Vital statistics of India. Vol. IV, Annual returns from 1871 to 1876. British Army of India, Native Army and jails of Bengal
Year: 1871
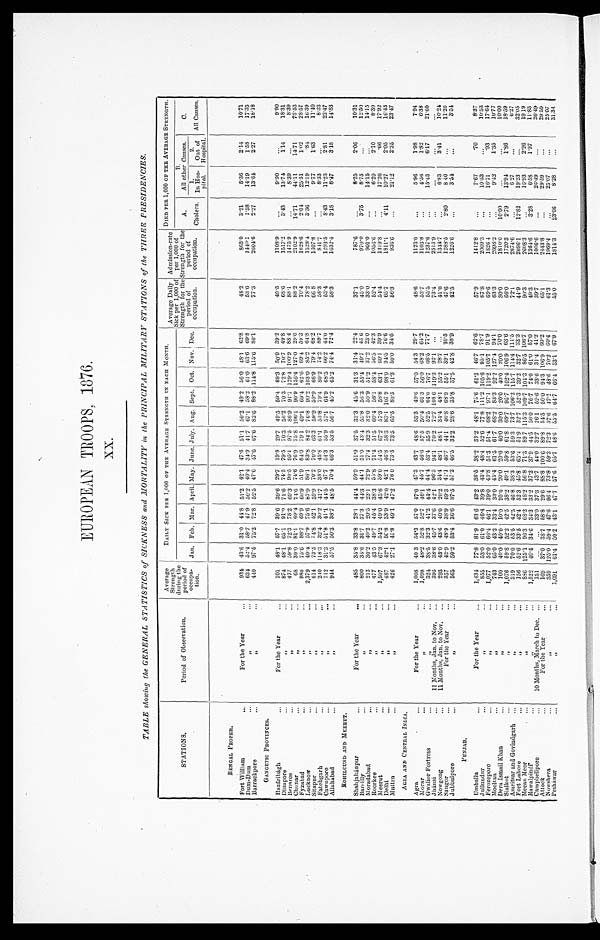
EUROPEAN TROOPS, 1876.
X X .
TABLE showng the GENERAL STATISTIC'S of SICKNESS and MORTALITY in the PRINCIPAL MILITARY STATIONS of the THREE PRESIDENCIES.
STATIONS.
Period of Observation.
Average
Strength
during the
period of
Occupa-tion.
DAILY SICK PER 1,000 OF THE AVERAGE STRENGTH IN EACH MONTH,
Average Daily
Sick per 1,000 of
Strength for the
period of
occupation.
Admission-rate
per 1,000 of
Strength for the
period of
occupation.
DIED PER 1,000 OF TEE AVERAGE STRENGTH.
Jan. Feb. Mar. April. May. June. July. Aug. Sept. Oct. Nov. Dec.
A.
Cholera.
B.
All other Causes.
C.
All Causes.
1.
In Hos-
pital. pi
2.
Out of Hospi t al .
Hospital.
BENGAL PROPER.
Fort William
...
For the Year
...
934 43.6 31.0 44.8 51.2 42.1 47.6 51.1 50.2 49.2 56.0 48.1 62.8
48.2
863.0
3.21
5.36
2.14
10.71
Dum-Dum
...
"
...
634 52.4 58.7 47.9 50.2 40.4 34.9 41.7 67.1 58.2 61.0 63.6 69.8
53.6
1440.1
1.58
14.19
1.58
17.35
Barrackpore
...
"
...
440 97.5 75.2 72.8 52.5 47.6 47.6 67.6 82.6 88.2 114.8 115.6 80.1
77.3
2604.6
2.27
13.64 2.27 18.18
GANGETIC PROVINCES.
Hazáribágh
...
Fcr the Yea
...
101 48.1 57.7 39.6 39.6 29.7 19.8 29.7 49.5 50.4 69.3 50.0 39.2
4 9 . 5
1108.9
. . .
9 . 9 0
. . .
9 . 9 0
Dinapore
...
"
...
874 48.1 65.1 91.0 71.6 74.5 79.5 70.3 56.2 70.3 72.8 70.7 49.8
6 8 . 6
1 5 1 7 . 2
3.43
1 3 . 7 4
1.14
1 8 . 3 1
Benares
...
"
...
477 59.8 72.3 78.2 69.3 90.5 95.1 975 86.9 91.1 129.4 100.9 88.4
88.1
1475.9
...
8.39
...
8.39
Chunar
...
"
68 39.0 81.1 69.4 74.6 74.6 76.9 75.8 106.1 90.9 136.4 127.0 29.0 88.2
2102.9
14.71 44.11 14.71 75.53
Fyzabad
...
"
...
980 75.6 88.7 69.9 60.9 51.9 84.0 79.1 69.1 69.4 62.6 69.4 59.3
70.4
1628.6
2.04
25.51
1.02
28.57
Lucknow
...
"
... 2,379
40.4 57.9 75.6 70.6 86.1 83.8 84.2 76.8 90.2 103.0 85.2 64.8
78.2
1528.4
3.36
12.19
.84
16.39
Sitapur
...
"
...
614 73.5 74.8 52.1 59.9 70.2 70.0 63.3 59.9 59.9 66.9 79.4 68.2
66 8
1307.8
... 9.77
1.63
11.40
Fatehgarh
...
"
...
240 118.3 32.4 .30.2 41.7 38.0 45.8 61.1 55.8 79.4 80.2 74.2 89.7
58.3
811.7
...
8.33
...
8.33
Cawnpore
...
"
...
712 313 51.8 41.1 44.5 47.7 54.3 55.9 57.1 64.9 68.5 66.2 44.0
53.4
1293.5
8.43
11.23
2.18
22.47
Allahabad
...
"
...
944 57.5 50.3 38.7 48.5 70.4 66.3 53.5 56.7 45.2 65.2 74.4 72.4
58.3
1632.4
3.15
8.47 3.18 14.83
ROHILCUND AND MEERUT.
8'25
2'06
10'31
Shahjahánpur
...
For the Year
...
485 35.8 33.8 28.1 44.4 59.9 51.9 37.5 33.3 45.6 31.3 31.4 22.4
37.1
787.6
... 8.25
2.06
10.31
Bareilly
...
"
...
800 35.6 31.7 37.3 44.3 44 .1 51.0 43.4 53.8 56.3 55.4 49.7 43 6
45.0
970.0
3.75
8.75
... 12.50
Mordabad
...
"
.,,
212 30.2 40.2 20.5 23.1 22.9 27.4 32.3 32.0 50.9 512 37.2 23'0
33.0
901'0
1 '
...
14'15
...
14.15
Roorke
... "
...
...
477 43.5 49.7 45.4 38.3 55.8 71.4 51.5 60.4 56.1 58.4 56.5 42.3
52.4
1056.6
... 6.29
2.10
8.39
Meeru
... "
...
...
1,507 67.3 54.2 49.0 45.6 39.0 54.5 67.2 57.3 58.8 63.1 60.1 39.9
54.4
1319.8
...
17.26
.66
17.92
Delhi
... "
...
...
487 42. 1 50.8 53.9 42.0 42.1 46.8 58.3 83.1 107.9 9 98.9 94.5 76.6
65.7
1811.1
4.11
10.27
2.05
16.43
Muttra
... "
...
...
426 27.1 41.8 49.1 47.02 76 0 73.5 73.5 65.5 80.5 61.3 50.0 34.6
563
936.6
...
21.12 2.35 23.47
AGRA AND CENTRAL INDIA,
Agra
...
For the Year
...
1,008 40 3 54.3 57.0 47.0 47.3 43.7 48.6 53.3 49.6 57.0 54.3 29.7
48.6
1123.0
...
5.96 1.98 7.94
Morar
...
"
...
1,098 48.2 52.8 52.7 46.1 45.7 46.6 57.5 50.4 61.3 56.0 68.2 61.2
53.7
1103.8 ...
4.56
1.82
6.38
Gwalior Fortress
...
"
...
324 38.5 32.3 41.2 44.4 44.4 53.4 55.9 52.5 64.0 76.7 66.5 77.7
55.5
1237.6
...
15.43 6.17 21.60
Jhánsi
...
11 Months, Jan. to Nov. ...
395 38.6 45.7 37.6 42.1 96.5 94.1 70.2 72.7 108.6 6 119.3 92.1 ...
73.4
2513.9
...
. . .
. . .
Nowgong
...
11 Months, Jan. to Nov. ...
293 43.0 43.6 40.0 20.2.2 34.4 48.1 48.1 34 4 48.1 55.2 28.7 ...
41.0
1344.7
...
6 . 8 3
3.41
1 0 . 2 4
Saugor
...
For the Year
...
357 42.9 48.9 38.9 49.3 41.1 46.7 44.1 46.8 68.9 55.1 39.1 30.5
47.6
1288.5
2 . 8 0 8 40
...
1 1 . 2 0
Jubbulpore
...
"
......
565 50.2 53.4 36.6 37.5 57.2 46.5 32.2 28.6 35.8 37.5 42.8 38.9
42.5
1226.6
...
3.51
...
3.54
P U N J A B .
8137
Umballa
. . .
For the Year
......
1 , 4 3 4 77.8
8 1 . 9
6 3 . 6
4 3 . 2
3 6 . 5
3 8 . 2
3 3 . 2 48.1 75.6
6 1 . 2
4 6 . 7 62.6
5 7 . 9
1412.8
. . .
7 . 6 7
.70
8 . 3 7
.
J ullundur
...
"
...
855 53.0 61.0 46.4 39.8 43.4 48.4 52.6 77.8 111.2 105.6 95.1 78.7
67.8
2009.3
...
10.53
... 10.52
Ferozepore
...
"
...
1,077 52.0 66.4 46.1 39.0 43.8 51.3 51.4 68.2 97.1 119.2 105.7 91.9
69.6
1826.4
...
16.71
.93
17.64
Mooltan
...
"
... 743
65.0 43.2 33.4 33.0 45.4 61.5 61.7 68.2 83.3 92.2 127.4 70.0
'
63.3
2098'2
...
9.42
1.35
10.00
Dens Ismail Khan
...
"""" " " " " " "
... 100
40.0 40.0 10.0 20.0 20.0 20.0 40.0 30.0 20.0 40.0 20.0 70.0
30.0 1810.0
10.00
...
...
18.59
Sialkot
...
"
...
1,076 59.8 52.3 42.5 38.2 49.1 59.8 61.8 69.7 95.7 102,4 106 9 63.6
66.0
1720.3
2.79
13.94
1.86
6.27
Amritsar and Govindgarh ...
"
...
319 70.0 53.5 42.5 46.8 38.3 53.6 59.3 73.7 106.2 115.7 1144 111.5
72.1
2874.6
...
6.27
... 32.05
Fort Lahore
...
"
... 156
52.6 33.5 42.4 52.3 45.8 65.4 51.9 32.7 52.3 39.2 32.7 33.3
44.9
20961.1
12.82
19.23
...
32.05
1919
Meean Meer
...
"
...
886 125.1 96.3 68.2 48.2 56.8 71.3 89.7 115.3 109.7 104.3 86.5 106.7
90.3
2608.3
...
16.93 2.26 32.05
Rawalpindi
...
"
... 1,552
40.4 34.6 34.3 33.2 37.2 37.9 44.5 56.0 76.7 74.0 61.0 57.0
49.3
1364.6
3.28
6.58
1.97
11.83
Campbellpore
...
10 Months, March to Dec. ...
151 ... ... 33.0 37.3 43.7 44.0 32.7 26.1 52. 6 33.6 31.4 41.2
39.7
1006.6
...
26. 49
...
26.49
Attock
...
For the Year
...
169 37.0 38.7 58.8 29.6 88.8 100.6 89.8 54.5 50.0 94.3 106.9 60.2
65.1
2443.8 ...
29.59
...
29.57
Nowshera
Pesháwar
...
"
...
359
1,691
125.0 59.4
50-2
47.6
43'1
96.4 73.8
57-6
59.3
65'7
72.3
48'6
37.6
53-5
47.1 48.6
66'4
70.2
53'1
60.4
67'9 I
61.3
55-0
1969.4
...
...
25'07 25.07
...
25.07
Pesháwar
...
"
... 1.691
61.450.243.147.757.665.748.655.564.766.453.167.955.0
1814.3
23.06 8.28
31.34